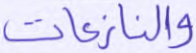
والنازعات